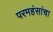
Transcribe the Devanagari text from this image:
परमहंसांचा